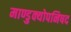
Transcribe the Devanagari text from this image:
माण्डुक्योपनिषद